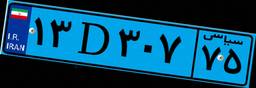
۸۷D۴۷۹۳۰